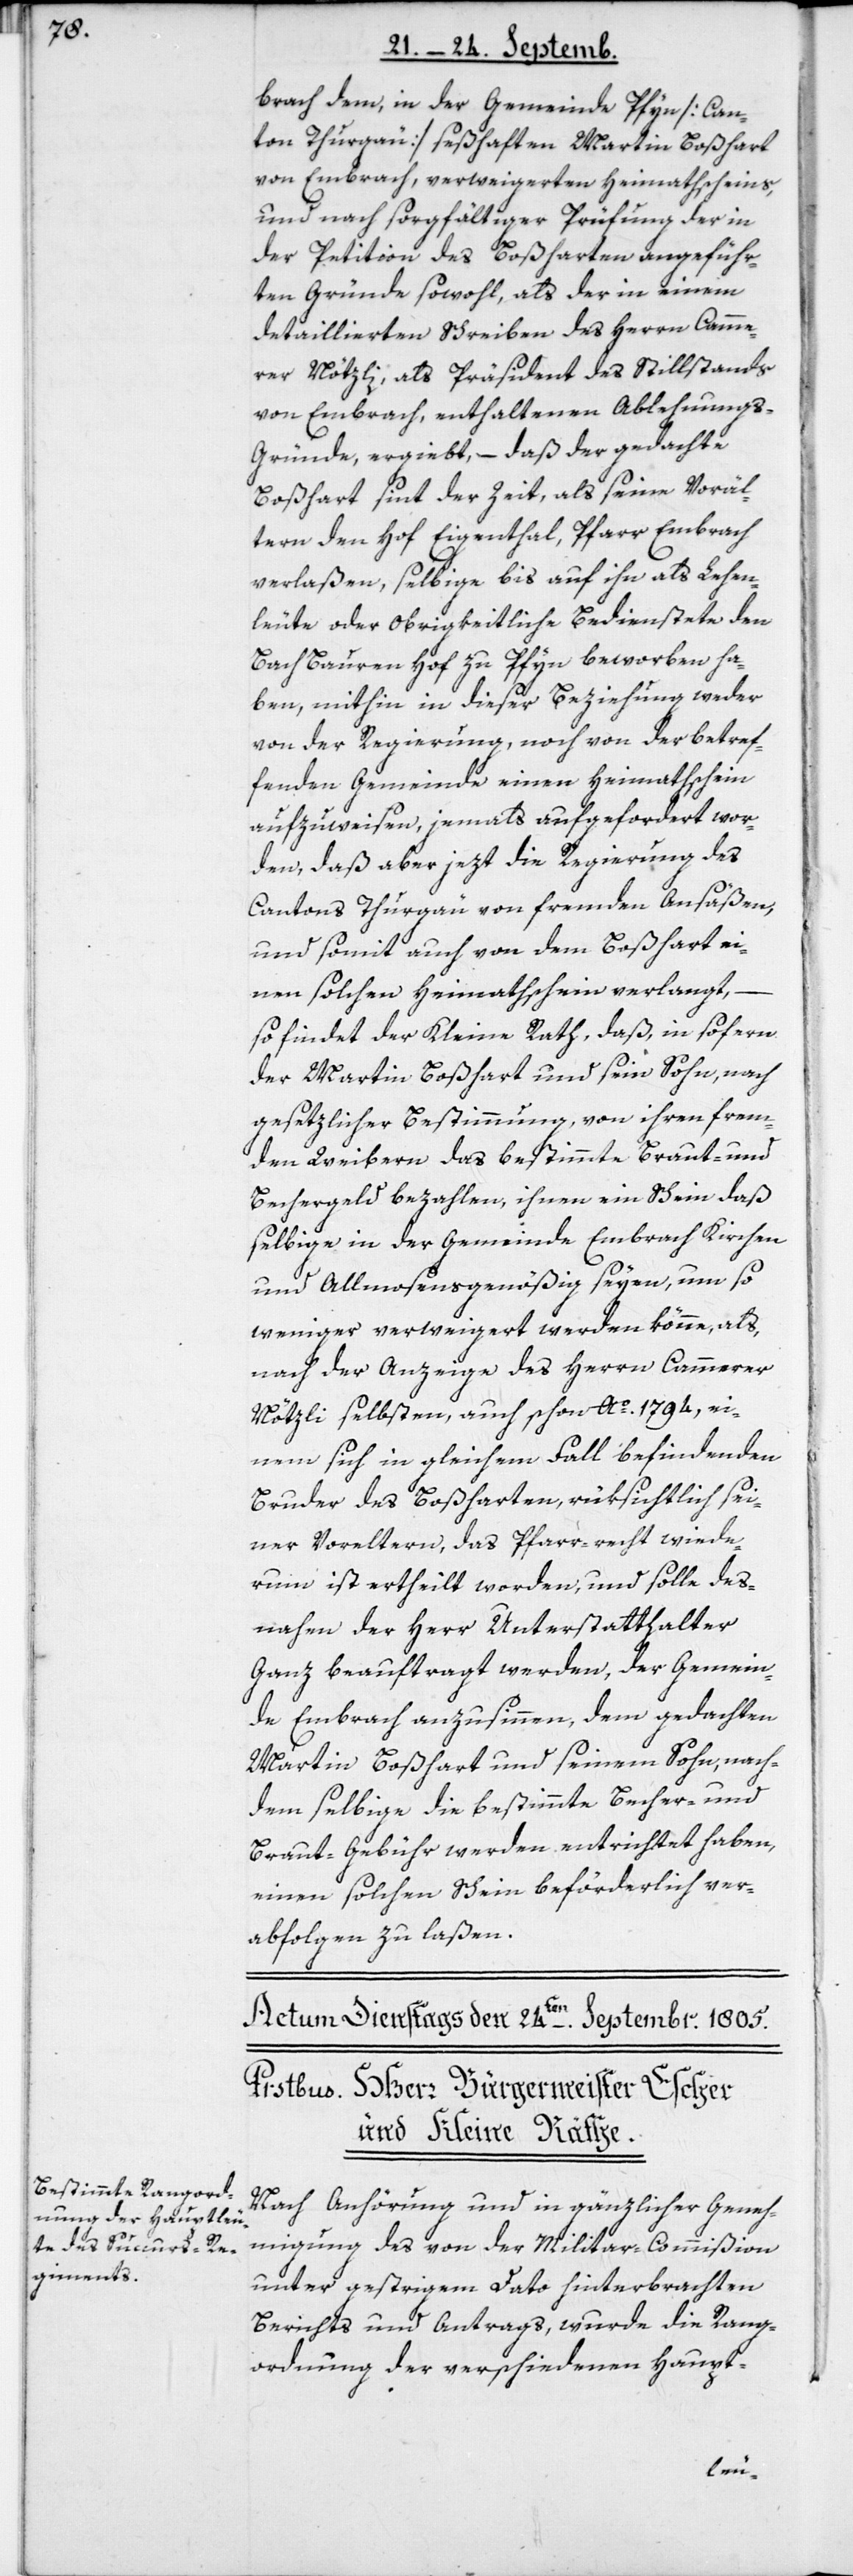
brach dem, in der Gemeinde Pfyn [Can¬
ton Thurgäu] seßhaften Martin Boßhart
von Embrach, verweigerten Heimathscheins,
und nach sorgfältiger Prüfung der in
der Petition des Boßharten angeführ¬
ten Gründe sowohl, als der in einem
detaillierten Schreiben des Herrn Camme¬
rer Nötzli, als Präsident des Stillstands
von Embrach, enthaltenen Ablehnungs-G¬
ründe ergiebt, – daß der gedachte
Boßhart sint der Zeit, als seine Voräl¬
tern den Hof Eigenthal, Pfarr Embrach,
verlaßen, selbige bis auf ihn als Lehen¬
leute oder obrigkeitliche Bedienstete den
Bach Bauren Hof zu Pfyn beworben ha¬
ben, mithin in dieser Beziehung weder
von der Regierung noch von der betref¬
fenden Gemeinde einen Heimatschein
aufzuweisen, jemals aufgefordert wor¬
den, daß aber jezt die Regierung des
Cantons Thurgäu von fremden Ansäßen,
und somit auch von dem Boßhart ei¬
nen solchen Heimathschein verlangt,
so findet der Kleine Rath daß, insofern
der Martin Boßhart und sein Sohn, nach
gesetzlicher Bestimmung, von ihren frem¬
den Weibern das bestimmte Braut- und
Bechergeld bezahlen, ihnen ein Schein, daß
selbige in der Gemeinde Embrach Kirchen
und Allmosengenößig seyen, um so
weniger verweigert werden könne, als
nach der Anzeige des Herren Cammerer
Nötzli selbsten auch schon Ao. 1794, ei¬
nem sich in gleichem Fall befindenden
Bruder des Boßharten, rüksichtlich sei¬
ner Voreltern, das Pfarr-recht wiede¬
rum ist ertheilt worden, und solle des¬
nahen der Herr Unterstatthalter
Ganz beauftragt werden, der Gemein¬
de Embrach anzusinnen, dem gedachten
Martin Boßhart und seinem Sohn, nach¬
dem selbige die bestimmte Becher- und
Braut-Gebühr werden entrichtet haben,
einen solchen Schein beförderlich ver¬
abfolgen zu laßen.
Nach Anhörung und in gänzlicher Geneh¬
migung des von der Militar-Commißion
unter gestrigem Dato hinterbrachten
Berichts und Antrags, wurde die Rang¬
ordnung der verschiedenen Haupt-